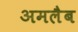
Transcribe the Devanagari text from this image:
अमलैब